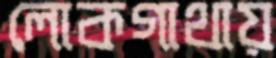
লোকগাথায়